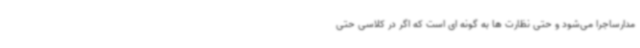
مدارساجرا می‌شود و حتی نظارت ها به گونه ای است که اگر در کلاسی حتی